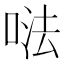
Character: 𠵽